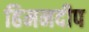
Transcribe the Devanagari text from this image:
हिमनदीप